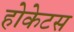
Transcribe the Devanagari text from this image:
होकेटस